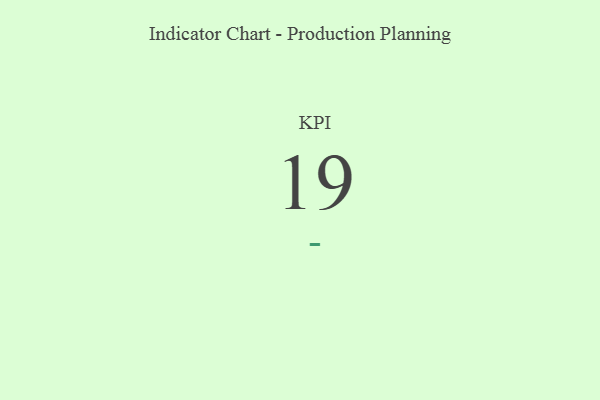
{"axis": {"x": "KPI", "y": "Value"}, "legend": [""], "data": [{"x": "KPI", "y": 19, "type": ""}]}